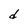
Character: d